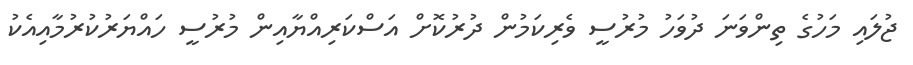
ޖުލައި މަހުގެ ތިންވަނަ ދުވަހު މުރުސީ ވެރިކަމުން ދުރުކޮށް އަސްކަރިއްޔާއިން މުރުސީ ހައްޔަރުކުރުމާއިއެކު